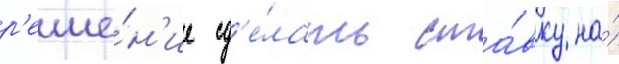
р'еше́н'ие сд'е́лать ста́вку на́